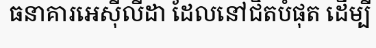
ធនាគារអេស៊ីលីដា ដែលនៅជិតបំផុត ដើម្បី